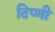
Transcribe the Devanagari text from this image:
टिप्णी